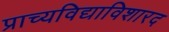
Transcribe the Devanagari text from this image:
प्राच्यविद्याविशारद